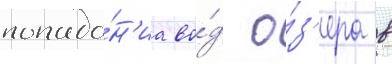
попада́н'иа во́д о́з'ера в